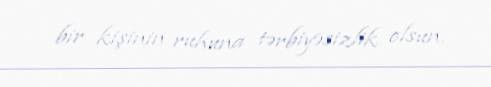
bir kişinin ruhuna tərbiyəsizlik olsun.